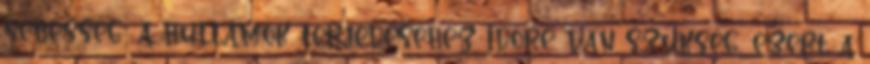
sebesség: a hullámok terjedéséhez időre van szükség, ezért a